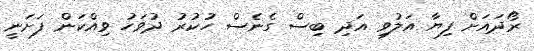
ރޯދައަށް ފިޔާ އަލުވި އަދި ބިސް ގެނެސް ހުކުރު ދުވަހު ވިއްކަން ފަށަނީ